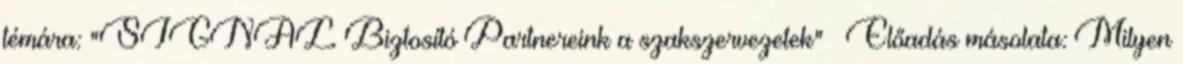
témára: "SIGNAL Biztosító Partnereink a szakszervezetek"— Előadás másolata: Milyen